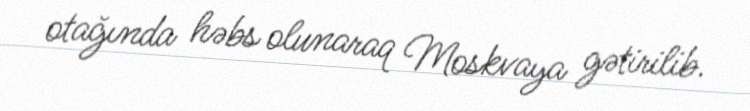
otağında həbs olunaraq Moskvaya gətirilib.